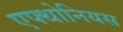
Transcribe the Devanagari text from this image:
एफ्थोनियस